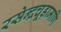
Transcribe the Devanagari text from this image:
रसेन्द्रचूड़ामणि